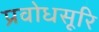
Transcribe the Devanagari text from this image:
प्रवोधसूरि